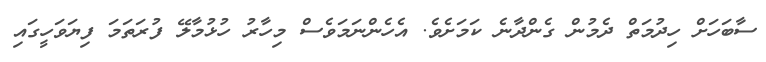
ސާބަހަށް ހިދުމަތް ދެމުން ގެންދާނެ ކަމަށެވެ. އެހެންނަމަވެސް މިހާރު ހުޅުމާލޭ ފުރަތަމަ ފިޔަވަހީގައި